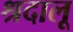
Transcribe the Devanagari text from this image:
श्रदालू